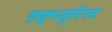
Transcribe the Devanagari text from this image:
फ़्यूच्यूरिस्ट